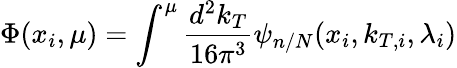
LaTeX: \Phi(x_{i},\mu)=\int^{\mu}{\frac{d^{2}k_{T}}{16\pi^{3}}}\psi_{n/N}(x_{i},k_{T,i},\lambda_{i})